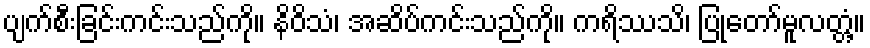
ပျက်စီးခြင်းကင်းသည်ကို။ နိဝိသံ၊ အဆိပ်ကင်းသည်ကို။ ကရိဿသိ၊ ပြုတော်မူလတ္တံ့။